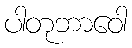
ပါတုဘာဝေါ